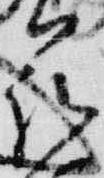
花